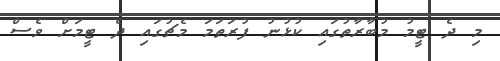
މި ދެ ޓީމު މުބާރާތުގައި ކުޅުނު ފުރަތަމަ މެޗުގައި ދެ ޓީމަށް ވެސް